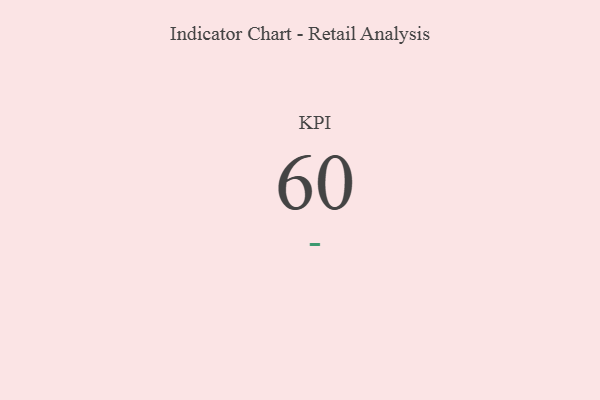
{"axis": {"x": "KPI", "y": "Value"}, "legend": [""], "data": [{"x": "KPI", "y": 60, "type": ""}]}